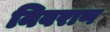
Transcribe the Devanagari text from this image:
निवराण